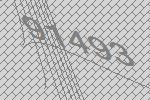
91493